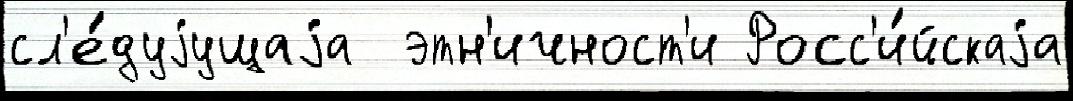
сл'е́дуjущаjа  этн'ичност'и Росс'и́йскаjа